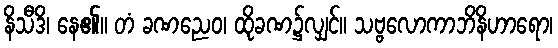
နိသီဒိ၊ နေ၏။ တံ ခဏညေဝ၊ ထိုခဏ၌လျှင်။ သဗ္ဗလောကာဘိနိဟာရော၊